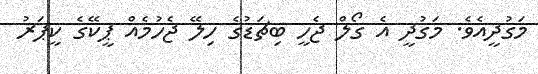
މަގުދީއެވެ. މަގުދީ އެ ގޯލް ޖެހީ ބިޗަޑުގެ ހިލޭ ޖެހުމެއް ޕީކޭގެ ކީޕަރު